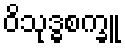
ဝိသုဒ္ဓစက္ခူ